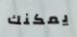
يمكنك